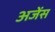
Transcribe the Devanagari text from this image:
अजेंस